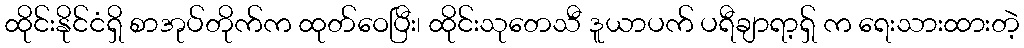
ထိုင်းနိုင်ငံရှိ စာအုပ်တိုက်က ထုတ်ဝေပြီး၊ ထိုင်းသုတေသီ ဒူယာပက် ပရီချာရာ့ရှ် က ရေးသားထားတဲ့